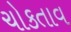
ચોકતાવ